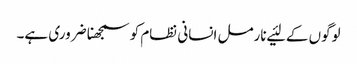
لوگوں‌ کے لئیے نارمل انسانی نظام کو سمجھنا ضروری ہے۔